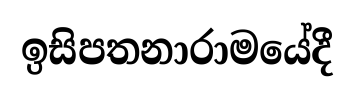
ඉසිපතනාරාමයේදී